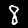
Digit: 8